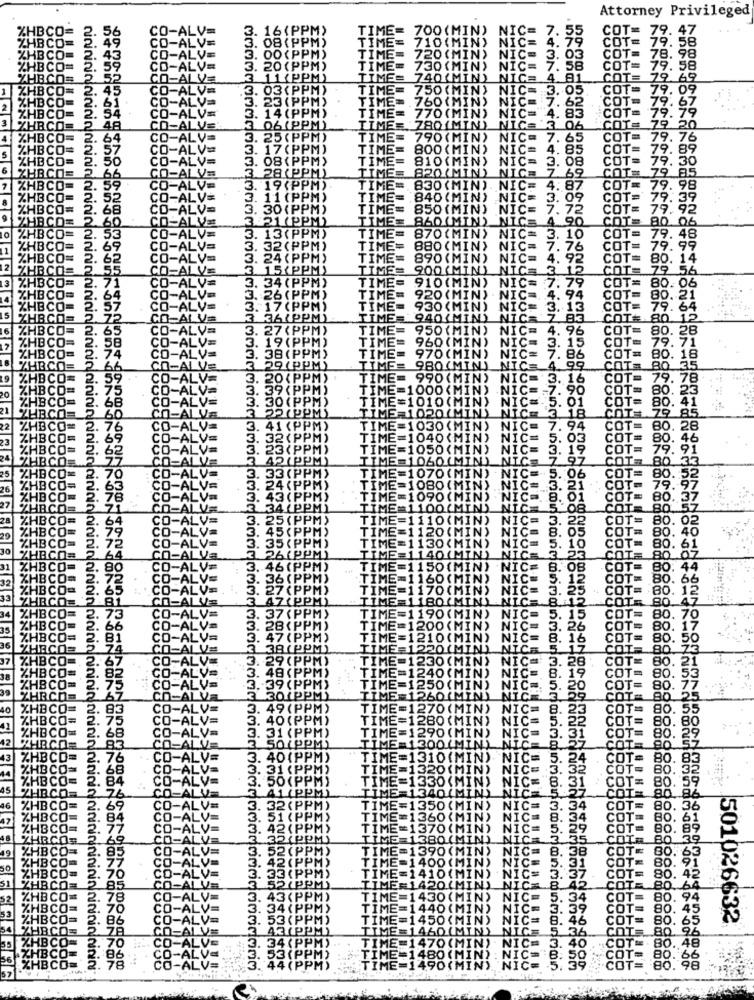
Attorney Privileged
HBCO
TIME= 700(MIN)
TIME
NICE
COT= 79. 47
18(PF
TIME= 710(MIN)
NÍČ=
00 (PPM)
TIME=
720 (MIN)
NICE
TIME=
730 (MIN)
NIC= 7. 58
11 (PPM)
TIME=
740 (MIN) NIC=
NIC= 4.81
COT
(PPM)
TIME=
750 (MIN)
29.
3. 23 (PPM)
TIME=
760(MIN)
NIC= 3. 05. COT
NIC= 7.62
14 (PPM)
770 (MIN)
NIC= 4. 83
COT
19:96
TIME=
COT
3 06(PPM)
TIME= 780 (MIN) NIC
NIC= 13 06 COT#
20
250
TIME=
TIME= 790(MIN) NIC=
NIC= 7. 65
COT
79.76
3. 17 (PPM)
TIME=
800 (MIN)
NIC= 4. 85
COT
79.89
3. 08 (PPM)
TIME=
810 (MIN)
NIC= 3. 08
COT
79.30
TIME
820 (MIND)
NIC= 7
69
COTE
79 85
3. 28 (PPM)
3. 19(PPM)
TIME=
830 (MIN)
NIC= 4. 87
COT
19. 98
11 (PPM)
TIME= 840(MIN) NIC=
NIC= 3. 0
COT:
79.
3.
30(PPM)
TIME=
TIME= 850(MIN) NIC= 7. 72
COTE
3 :21 (PPM)
TIME= 860(MIN) NIC= 4.90
COT
3. 13(PPM)
TIME= 870(MIN) NIC= 3. 10
IME
NIC= 3. 10
COT=
79.
32(PPM)
TIME= 880(MIN) NIC= 7. 76
NIC= 7. 76
COT=
79.9
24 (PPM)
TIME
890 (MIN)
NIC= 4. 92
COT=
80. 14
TIME
900 (MIN)
NICE
COT= 79 56
910 (MIN)
COT=
TIMES
NIC= 7. 79
80.06
920 (MIN)
NIC =. 4. 94
COT=
80.21
TIME= 930(MIN) NIC= 3. 13
NIC= 3. 13
COT=
79: 64
RA(PPM)
TIME= 940(MIN) NIC= 7 83
COT# 80.12
27 (PPM)
TIME=
950 (MIN) NIC= 4. 96
COT=
80. 28
9(PP
TIME
960 (MIN) NIC= 3. 15
COT= 79.71
TIME=
970 (MIN)
NIC= 7.86
COT= 80. 18
TIME=
980 (MIN) NIC= 4.99
COTE
80 35
TIME= 990 (MIN)
NIC= 3. 16
COT=
79.78
TIME=1000(MIN) NIC == 7.
.7. 90
COT= 80. 23
ME=1010 (MIN)
NIC= 5. 01
COT= 80. 41
TIME=1020(MIN)
NIC= 3 18
COT= 79 85
TIME=1030(MIN)
NIC= 7. 94
COT= 80. 28
TIME=1040(MIN)
NIC=
. 03
COT= 80. 46
TIME=1050(MIN) NIC= 3. 19
NIC=
.19
COT= 79. 91
TIME=1060(MIN) NIC= 7 97
97
COT= 80.33
TIME=1070 (MIN)
NIC=S
06
COT= 80.52
TIME=1080 (MIN) .NIC= 3. 21
¡IC
. 21 ' COT= 79. 97
TIME=1090 (MIN)
8.
101
COT= 80. 37
TIME=1100(MIN) NIC= 5 08
.08
COT= 80. 52
TIME=1110(MIN)
C=
3. 22
COT= 80. 02
TIME=1120(MIN) NIC= 8.
8. 05
COT= 80. 40
TIME=1130(MIN)
NIC=
. 10
COT= 80. 61
TIME=1140(MIN) NIC= 3 23
COT= 80 07
TIME=
TIME=1150(MIN) NIC= 8. OB
B. OB
OT
80. 44
TIME=1160 (MIN)
12
OT
.80. 6
TI
TIME=1170(MIN) NIC= 3. 25
80. 12
" TIME=1180(MIN). NIC= 8.12
804
TIME=1190(MIN) NIC= 5. 15
TIME=1
5. 15
COT
80. 70
TIME=1200(MIN)
NIC=
26
COT
80. 17
TI
8.
16
CO
80.50
80 73
TIME=1230(MIN)
28
80. 21
80. 53
TIME=1240 (MIN)
TIME=1250(MIN)
80.77
BO1PPM
TIME=1260(MIN)
80
49 (PPM)
TIME=1270 (MIN)
COT
80.55
40 (PPM)
TIME=1280
30.
80
(PPM)
TIME=1290(
CO
TIME=1300 (MIN)
(PPM)
TIME=1310(MIN)
VICE
24
COT
TIME=1320(MIN)
CO
PPM
TIME=1330 (MIN)
COTE
TIME=1340(M
32(PPM)
TIME=1350(MIN)
80. 36
51 (PPM)
TIME=1360(MIN)
BO.
61
3.
42 (PPM)
TIME=1370(MIN)
BO.
32 (PPM)
IME=1380(MIN
35
IME=1390(MI
33
1400 (M
=
38
10(M
30
C=
80.
94
80.
(PP
80.
65
501026632
30
(PP